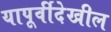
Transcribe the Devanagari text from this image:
यापूर्वीदेखील